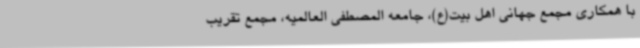
با همکاری مجمع جهانی اهل بیت(ع)، جامعه المصطفی العالمیه، مجمع تقریب